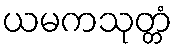
ယမကသုတ္တံ